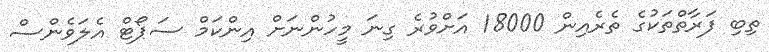
ތިބި ފަރާތްތަކުގެ ތެރެއިން 18000 އަށްވުރެ ގިނަ މީހުންނަށް އިންކަމް ސަޕޯޓް އެލަވެންސް